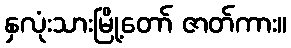
နှလုံးသားမြို့တော် ဇာတ်ကား။